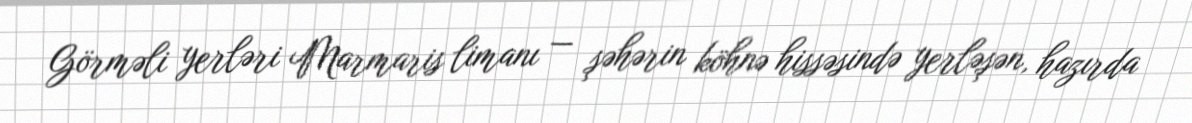
Görməli yerləri Marmaris limanı — şəhərin köhnə hissəsində yerləşən, hazırda